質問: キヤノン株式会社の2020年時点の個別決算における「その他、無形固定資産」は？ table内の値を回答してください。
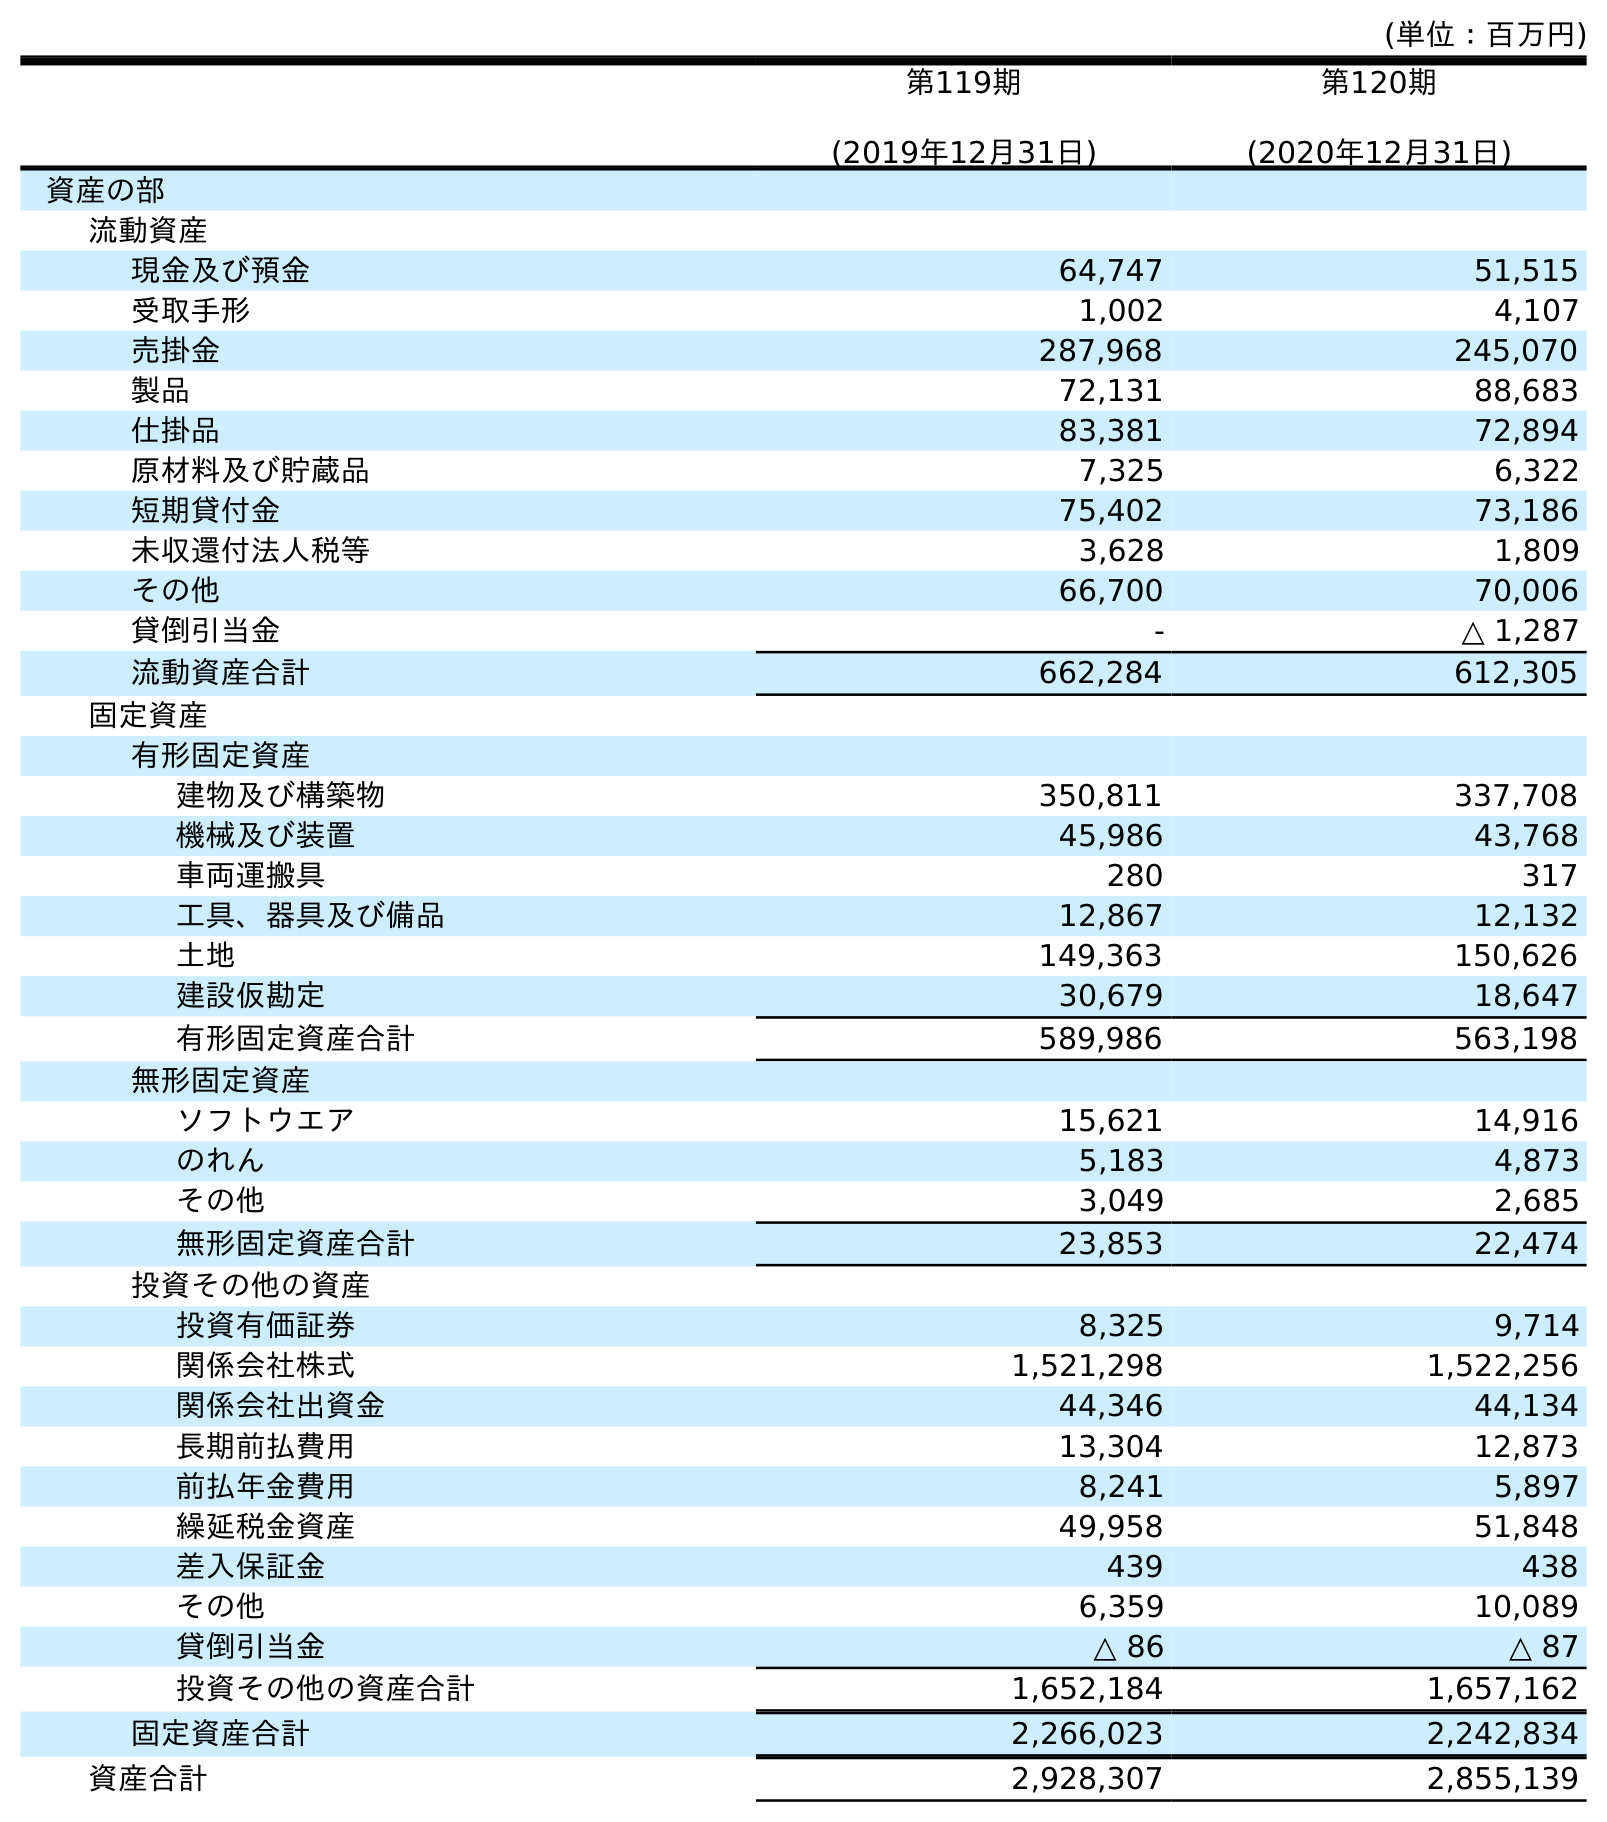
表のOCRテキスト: (単位：百万円) 第119期 (2019年12月31日) 第120期 (2020年12月31日) 資産の部 流動資産 現金及び預金 64,747 51,515 受取手形 1,002 4,107 売掛金 287,968 245,070 製品 72,131 88,683 仕掛品 83,381 72,894 原材料及び貯蔵品 7,325 6,322 短期貸付金 75,402 73,186 未収還付法人税等 3,628 1,809 その他 66,700 70,006 貸倒引当金 - △ 1,287 流動資産合計 662,284 612,305 固定資産 有形固定資産 建物及び構築物 350,811 337,708 機械及び装置 45,986 43,768 車両運搬具 280 317 工具、器具及び備品 12,867 12,132 土地 149,363 150,626 建設仮勘定 30,679 18,647 有形固定資産合計 589,986 563,198 無形固定資産 ソフトウエア 15,621 14,916 のれん 5,183 4,873 その他 3,049 2,685 無形固定資産合計 23,853 22,474 投資その他の資産 投資有価証券 8,325 9,714 関係会社株式 1,521,298 1,522,256 関係会社出資金 44,346 44,134 長期前払費用 13,304 12,873 前払年金費用 8,241 5,897 繰延税金資産 49,958 51,848 差入保証金 439 438 その他 6,359 10,089 貸倒引当金 △ 86 △ 87 投資その他の資産合計 1,652,184 1,657,162 固定資産合計 2,266,023 2,242,834 資産合計 2,928,307 2,855,139
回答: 2,685